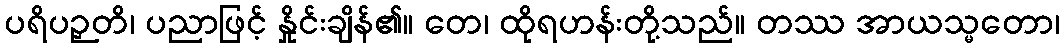
ပရိပဉှတိ၊ ပညာဖြင့် နှိုင်းချိန်၏။ တေ၊ ထိုရဟန်းတို့သည်။ တဿ အာယသ္မတော၊